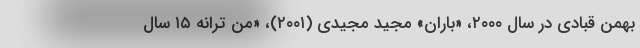
بهمن قبادی در سال ۲۰۰۰، «باران» مجید مجیدی (۲۰۰۱)، «من ترانه ۱۵ سال